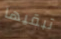
تبقيها